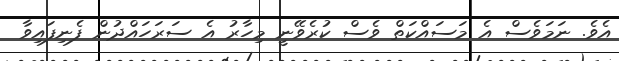
އެވެ. ނަމަވެސް އެ މަސައްކަތް ވެސް ކުރެވޭނީ މިހާރު އެ ސަރަހައްދުން ފެނިފައިވާ